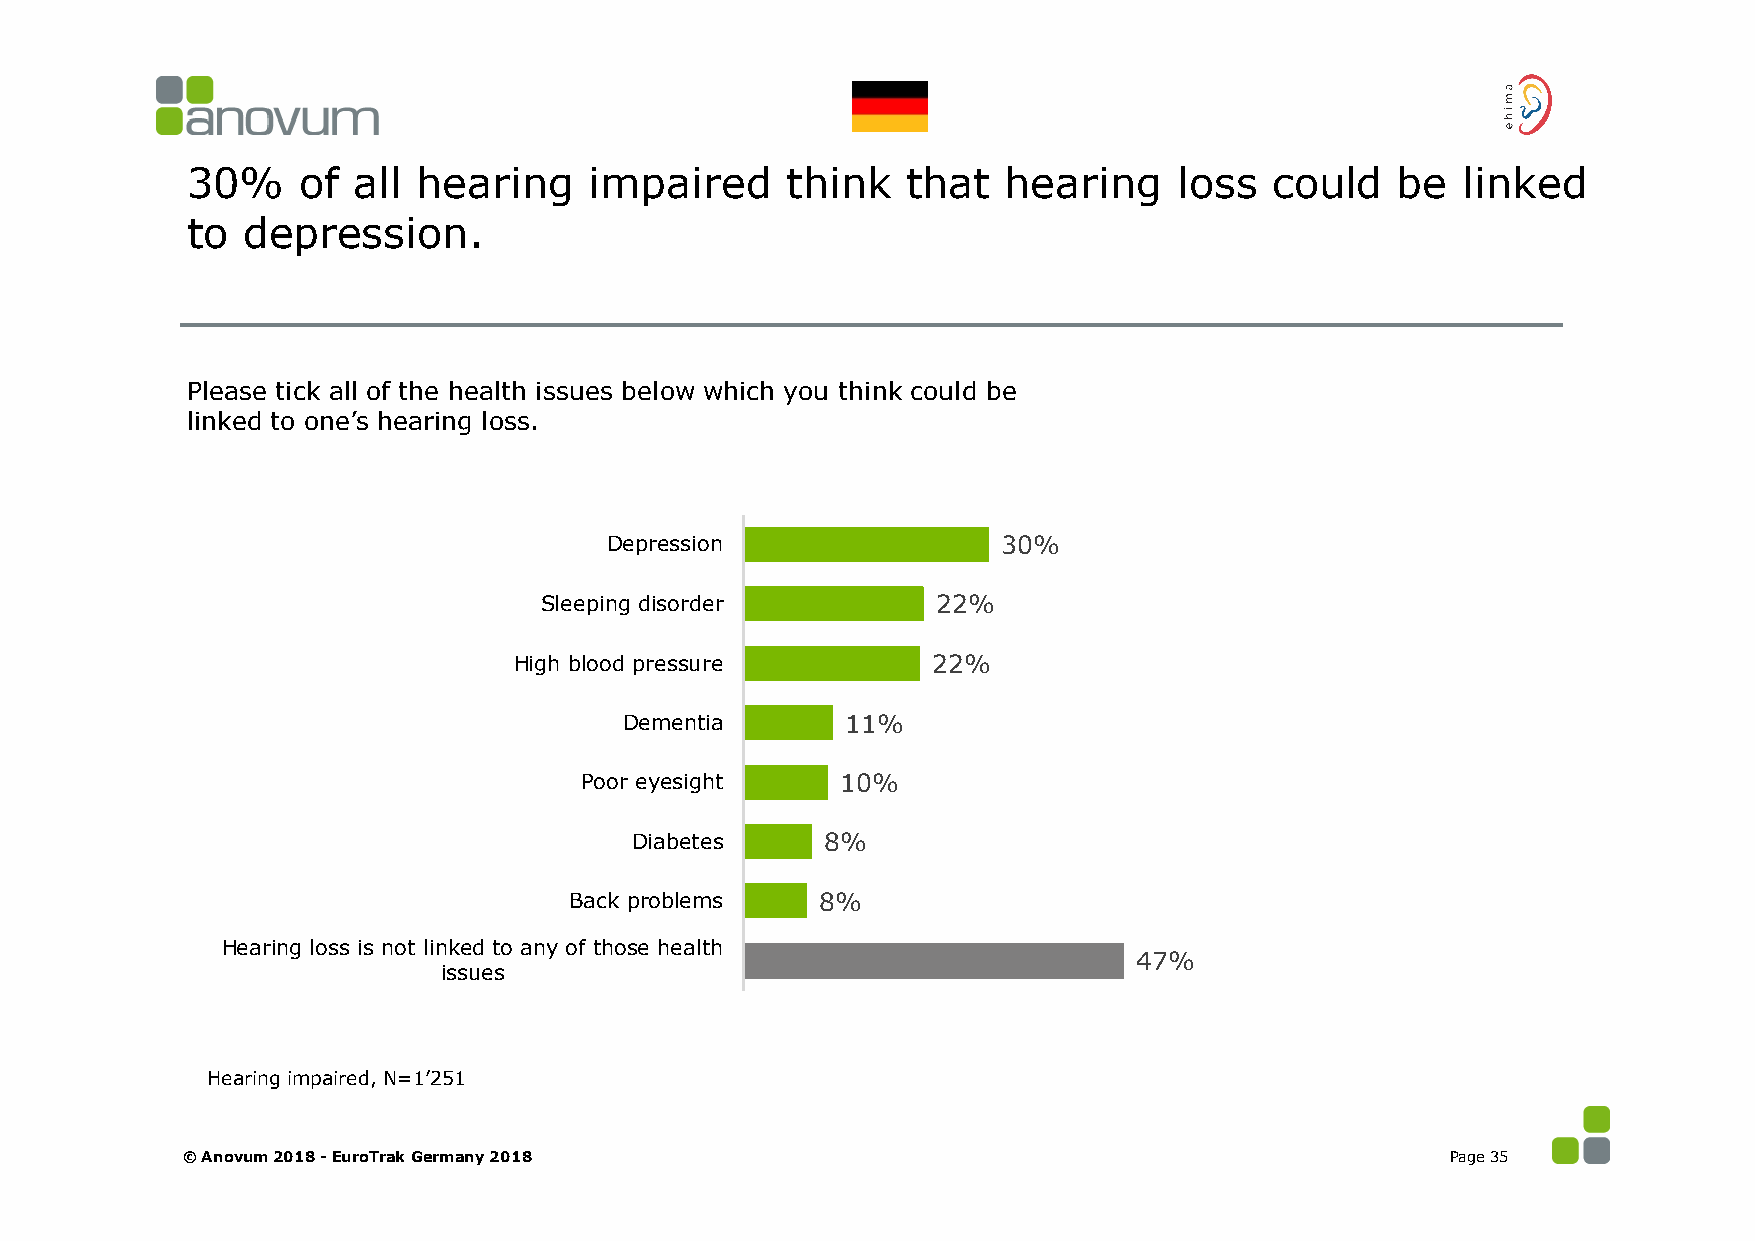
30%     of all  hearing    impaired     think   that   hearing    loss  could   be   linked
 to  depression.
 Please tick all of the health issues below which you think could be
 linked to one’s hearing loss.
 Depression                30%
 Sleeping disorder         22%
 High blood pressure         22%
 Dementia       11%
 Poor eyesight     10%
 Diabetes     8%
 Back problems   8%
 Hearing loss is not linked to any of those health
 47%
 issues
 Hearing impaired, N=1’251
 © Anovum 2018 -EuroTrak Germany 2018                                                Page 35